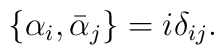
\{\alpha_i,\bar\alpha_j\}=i\delta_{ij}.